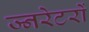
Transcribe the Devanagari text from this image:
ज्नरेटरों